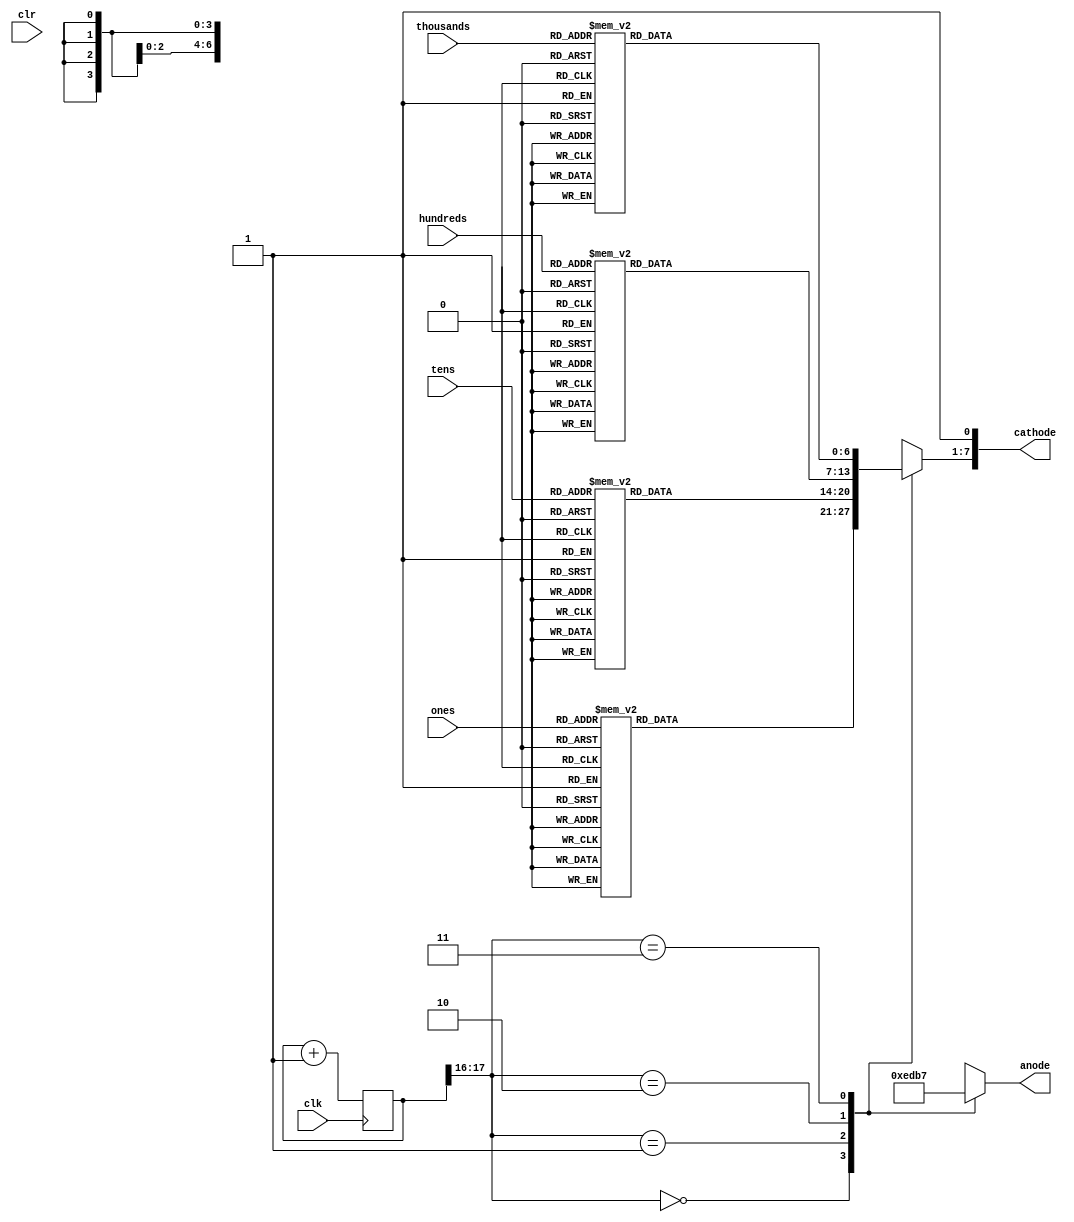
`timescale 1ns / 1ps
module sevenseg(
    input clk,
    input clr,             // clear pin used to reset the LED display 
    input [3:0] ones,
    input [3:0] tens,
    input [3:0] hundreds,
    input [3:0] thousands,    
    output [7:0] cathode,
    output [3:0] anode
    );
     reg [6:0]sseg_temp;
     reg [3:0]an_temp = 4'b1110 ;
     reg [17:0] count; //the 18 bit counter which allows us to multiplex at 1000Hz
     
     always @ (posedge clk)
      begin
        count <= count + 1;
      end

	 //code for display multiple digits (do not initialize an_temp in line 41 and comment out lines 44 to 60)
     always @ (*)
      begin
       case(count[17:16]) //using only the 2 MSB's of the counter
         
        2'b00 :  //When the 2 MSB's are 00 enable the fourth display
         begin
          case(ones)
                4'd0 : sseg_temp = 7'b0000001; //to display 0
                4'd1 : sseg_temp = 7'b1001111; //to display 1
                4'd2 : sseg_temp = 7'b0010010; //to display 2
                4'd3 : sseg_temp = 7'b0000110; //to display 3
                4'd4 : sseg_temp = 7'b1001100; //to display 4
                4'd5 : sseg_temp = 7'b0100100; //to display 5
                4'd6 : sseg_temp = 7'b0100000; //to display 6
                4'd7 : sseg_temp = 7'b0001111; //to display 7
                4'd8 : sseg_temp = 7'b0000000; //to display 8
                4'd9 : sseg_temp = 7'b0000100; //to display 9
                default : sseg_temp = 7'b1111110; //dash
           endcase
          
          //sseg = ones;
          an_temp = 4'b1110;
         end
         
        2'b01:  //When the 2 MSB's are 01 enable the third display
         begin
             case(tens)
                4'd0 : sseg_temp = 7'b0000001; //to display 0
                4'd1 : sseg_temp = 7'b1001111; //to display 1
                4'd2 : sseg_temp = 7'b0010010; //to display 2
                4'd3 : sseg_temp = 7'b0000110; //to display 3
                4'd4 : sseg_temp = 7'b1001100; //to display 4
                4'd5 : sseg_temp = 7'b0100100; //to display 5
                4'd6 : sseg_temp = 7'b0100000; //to display 6
                4'd7 : sseg_temp = 7'b0001111; //to display 7
                4'd8 : sseg_temp = 7'b0000000; //to display 8
                4'd9 : sseg_temp = 7'b0000100; //to display 9
                default : sseg_temp = 7'b1111110; //dash
             endcase
            
          //sseg = tens;             
          an_temp = 4'b1101;
         end
         
        2'b10:  //When the 2 MSB's are 10 enable the second display
         begin
          case(hundreds)
                4'd0 : sseg_temp = 7'b0000001; //to display 0
                4'd1 : sseg_temp = 7'b1001111; //to display 1
                4'd2 : sseg_temp = 7'b0010010; //to display 2
                4'd3 : sseg_temp = 7'b0000110; //to display 3
                4'd4 : sseg_temp = 7'b1001100; //to display 4
                4'd5 : sseg_temp = 7'b0100100; //to display 5
                4'd6 : sseg_temp = 7'b0100000; //to display 6
                4'd7 : sseg_temp = 7'b0001111; //to display 7
                4'd8 : sseg_temp = 7'b0000000; //to display 8
                4'd9 : sseg_temp = 7'b0000100; //to display 9
                default : sseg_temp = 7'b1111110; //dash
           endcase
          
          //sseg = hundreds;
          an_temp = 4'b1011;
         end
          
        2'b11:  //When the 2 MSB's are 11 enable the first display
         begin
          case(thousands)
                4'd0 : sseg_temp = 7'b0000001; //to display 0
                4'd1 : sseg_temp = 7'b1001111; //to display 1
                4'd2 : sseg_temp = 7'b0010010; //to display 2
                4'd3 : sseg_temp = 7'b0000110; //to display 3
                4'd4 : sseg_temp = 7'b1001100; //to display 4
                4'd5 : sseg_temp = 7'b0100100; //to display 5
                4'd6 : sseg_temp = 7'b0100000; //to display 6
                4'd7 : sseg_temp = 7'b0001111; //to display 7
                4'd8 : sseg_temp = 7'b0000000; //to display 8
                4'd9 : sseg_temp = 7'b0000100; //to display 9
                default : sseg_temp = 7'b1111110; //dash
          endcase
          
          //sseg = thousands;
          an_temp = 4'b0111;
         end
       endcase
      end  
     
     assign anode = an_temp;
     assign cathode = {sseg_temp, 1'b1};
 endmodule